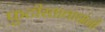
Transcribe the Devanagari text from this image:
फुटीरतावाद्यांनी